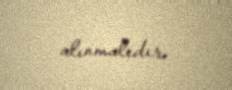
alınmalıdır.